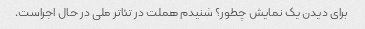
برای دیدن یک نمایش چطور؟ شنیدم هملت در تئاتر ملی در حال اجراست.